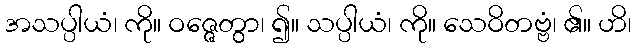
အသပ္ပါယံ၊ ကို။ ဝဇ္ဇေတွာ၊ ၍။ သပ္ပါယံ၊ ကို။ သေဝိတဗ္ဗံ၊ ၏။ ဟိ၊